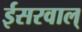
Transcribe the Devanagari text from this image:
ईसरवाल्